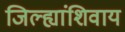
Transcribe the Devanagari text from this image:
जिल्ह्यांशिवाय